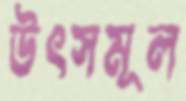
উৎসমূল